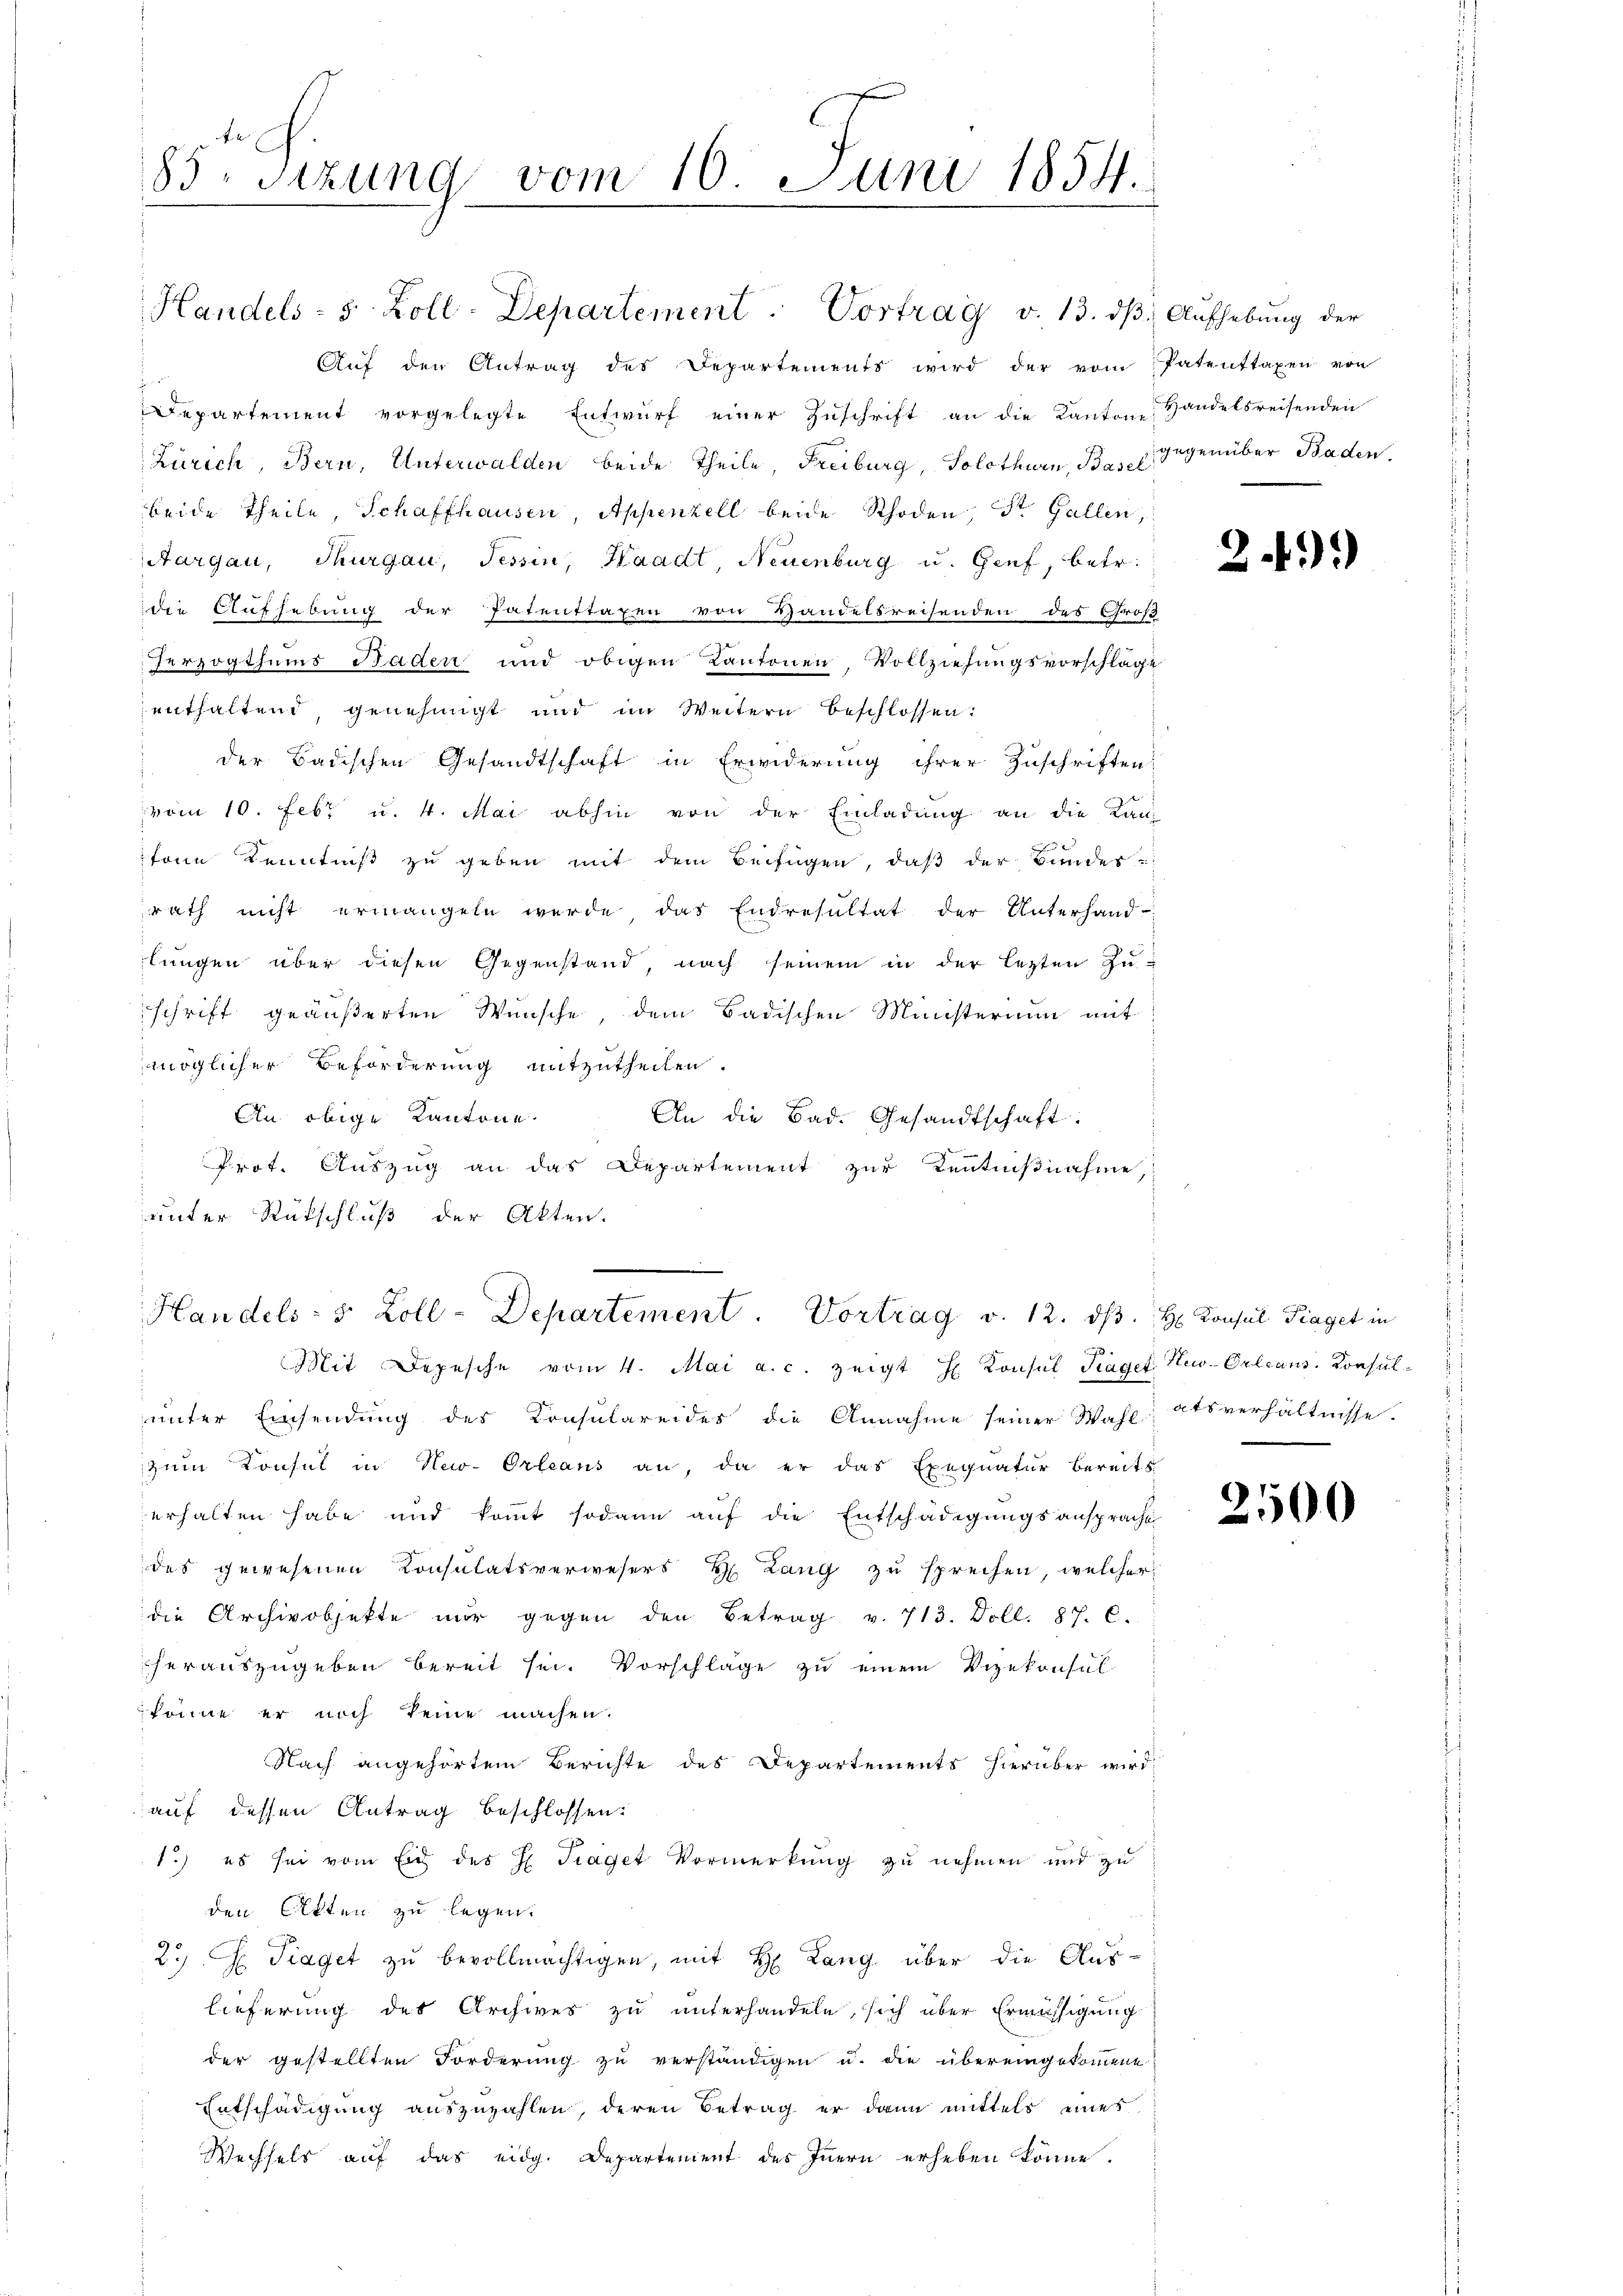
83. Sitzung vom 10. Juni 1854.

Auf den Antrag des Departements wird der vom
Departement vorgelegte Entwŭrf einer Zŭschrift an die Kanton Handelsreisenden
Zürich, Bern, Unterwalden beide Theile, Freiburg, Solothurn, Bau gegenüber Baden.
beide Theile, Schaffhausen Appenzell beide Rhoden, St. Gallen,
Aargau, Thurgau, Tessin, Waadt, Neuenburg u. Genf, betr.
die Aufhebung der Patenttaxen von Handelsreisenden des Groß
Perzogthums Baden und obigen Kantonen, Vollziehungsvorschläge
enthaltend, genehmigt und im Weitern beschlossen:
 der Badischen Gesandtschaft in Erwiderung ihrer Zuschriften
vom 10. Febr. u. 4. Mai abhin von der Einladung an die Kan-
fonn Kenntniß zu geben mit dem Beifügen, daß der Bundes-
rath nicht ermangeln werde, das Endresultat der Unterhand-
lungen über diesen Gegenstand nach seinem in der lezten Zu-
schrift geäußerten Wünsche, dem Badischen Ministerium mit
möglicher Beförderung mitzutheilen.
An obige Kantone
An die Bad. Gesandtschaft.
Prot. Auszug an das Departement zur Kenntnißnahme,
unter Rükschluß der Akten.
Handels- 5 Zoll-Departement. Vortrag v. 12. ds. H. Konsul Fraget in
7
Mit Depesche vom 4. Mai a. c. zeigt H Konsul Hagel New-Orleans Konsul-
unter Einsendung des Konsulareides die Annahme seiner Wahl atsverhältnisse.
zum Konsul in New-Orleans an, da er das Exequatur bereits
erhalten habe und kommt sodann auf die Entschädigungsansprache
des gewesenen Konsulatsverwesers H. Lang zu sprechen, welcher
die Archivobjekte mir gegen den Betrag v. 713. Doll. 87. C.
herauszugeben bereit sei. Vorschläge zu einem Vizekonsul-
könne er noch keine machen.
Nach angehörtem Berichte des Departements hierüber wird
auf dessen Antrag beschlossen:
1.) es sei vom Eid des H. Traget Vormerkung zu nehmen und zu
den Akten zu legen.
2.) Traget zu bevollmächtigen, mit H. Lang über die Aus-
lieferung des Archives zu unterhandeln, sich über Ermässigung
der gestellten Forderung zu verständigen u. die übereingekommene
Entschädigung auszuzahlen, deren Betrag er dann mittels eines
Wechsels auf das eidg. Departement des Innern erheben könne.

Handels- 5 Zoll-Departement. Vortrag v. 13. dβ

Aufhebung der
Patenstaxen von

2.)

.
00